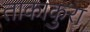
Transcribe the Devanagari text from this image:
ताकाकुरा